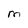
Character: M